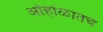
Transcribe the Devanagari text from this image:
ओहोळातच